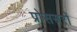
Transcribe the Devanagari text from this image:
प्रोससरों